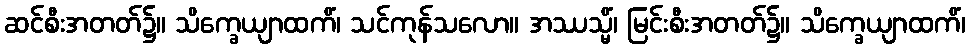
ဆင်စီးအတတ်၌။ သိက္ခေယျာထကိံ၊ သင်ကုန်သလော။ အဿသ္မိံ၊ မြင်းစီးအတတ်၌။ သိက္ခေယျာထကိံ၊